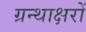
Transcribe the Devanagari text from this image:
ग्रन्थाक्षरों